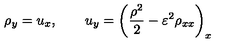
\rho _ { y } = u _ { x } , \qquad u _ { y } = \left( \frac { \rho ^ { 2 } } { 2 } - \varepsilon ^ { 2 } \rho _ { x x } \right) _ { x }